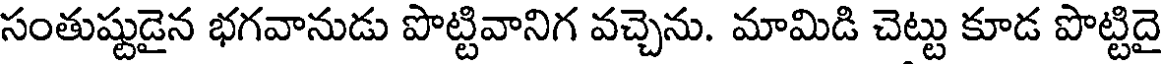
సంతుష్టుడైన భగవానుడు పొట్టివానిగ వచ్చెను. మామిడి చెట్టు కూడ పొట్టిదై